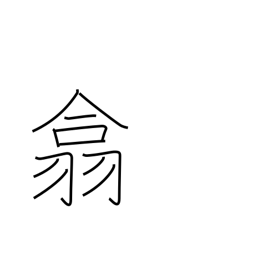
Meaning: gather